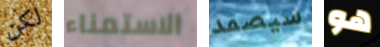
لكن الاستمناء سيصمد هو